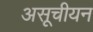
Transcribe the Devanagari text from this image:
असूचीयन